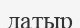
датыр